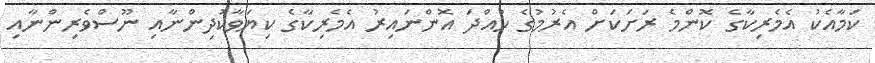
ކަމާއެކު އެމެރިކާގެ ކޮންމެ ރަށަކަށް އެރުމުގެ ހުއްދަ އޮންނައިރު އެމެރިކާގެ ކިޔަވާކުދިންނާއި ނޫސްވެރިންނާއި